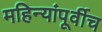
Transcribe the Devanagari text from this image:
महिन्यांपूर्वीच